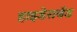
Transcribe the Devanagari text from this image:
हाइडेराबॅड